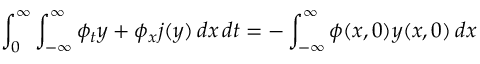
\int _ { 0 } ^ { \infty } \int _ { - \infty } ^ { \infty } \phi _ { t } y + \phi _ { x } j ( y ) \, d x \, d t = - \int _ { - \infty } ^ { \infty } \phi ( x , 0 ) y ( x , 0 ) \, d x